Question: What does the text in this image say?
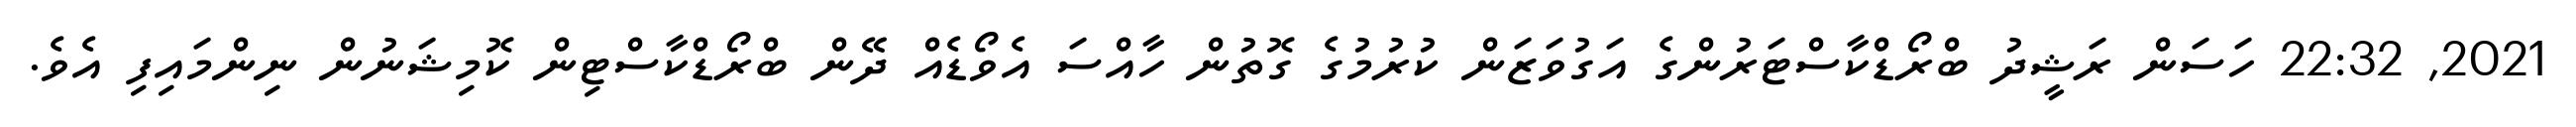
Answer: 2021, 22:32 ހަސަން ރަޝީދު ބްރޯޑްކާސްޓަރުންގެ އަގުވަޒަން ކުރުމުގެ ގޮތުން ހާއްސަ އެވޯޑެއް ދޭން ބްރޯޑްކާސްޓިން ކޮމިޝަނުން ނިންމައިފި އެވެ.